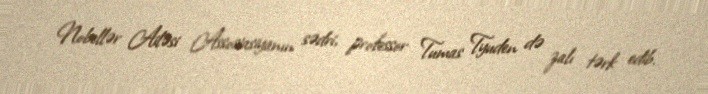
Nobellər Ailəsi Assosiasiyanın sədri, professor Tumas Tyuden də zalı tərk edib.